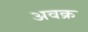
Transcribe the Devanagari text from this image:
अवक्र